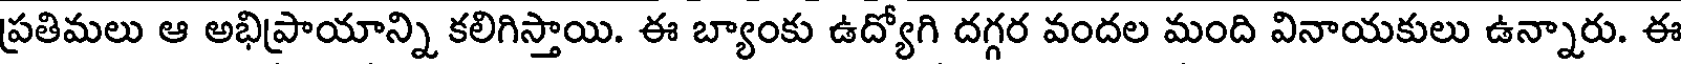
ప్రతిమలు ఆ అభిప్రాయాన్ని కలిగిస్తాయి. ఈ బ్యాంకు ఉద్యోగి దగ్గర వందల మంది వినాయకులు ఉన్నారు. ఈ